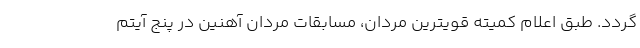
گردد. طبق اعلام کمیته قویترین مردان، مسابقات مردان آهنین در پنج آیتم